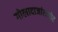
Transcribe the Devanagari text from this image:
गोलादाजांसमोर